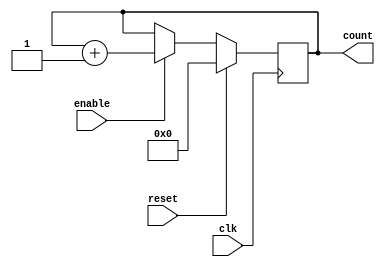
module cascaded_counter(
    input wire clk,        // Clock input
    input wire reset,      // Synchronous reset
    input wire enable,     // Enable signal
    output reg [3:0] count // 4-bit output for the counter
);

// Always block for the counter logic
always @(posedge clk) begin
    if (reset) begin
        // Reset the counter to 0
        count <= 4'b0000;
    end else if (enable) begin
        // Increment the counter on each clock cycle if enabled
        count <= count + 1;
    end
end

endmodule